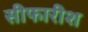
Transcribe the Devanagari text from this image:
सीफारीश